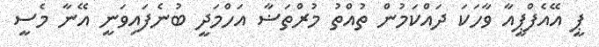
ޕީ އޭއެފްޕީއާ ވާހަކަ ދައްކަމުން ތުއްތު މުރްތަޟާ އަހްމަދީ ބުނެފައިވަނީ އޭނާ މެސީ